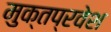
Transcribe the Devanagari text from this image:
मुक्तप्रवेश